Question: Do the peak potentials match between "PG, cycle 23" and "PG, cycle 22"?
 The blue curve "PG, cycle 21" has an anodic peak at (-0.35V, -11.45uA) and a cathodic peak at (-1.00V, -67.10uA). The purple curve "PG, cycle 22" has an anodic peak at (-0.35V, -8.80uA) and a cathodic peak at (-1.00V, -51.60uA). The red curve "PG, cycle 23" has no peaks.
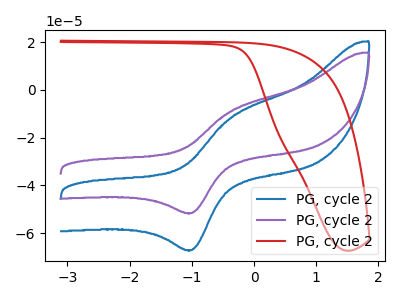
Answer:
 <answer>No, "PG, cycle 23" and "PG, cycle 22" have a different number of peaks.</answer>
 <eval>different_amount</eval>